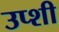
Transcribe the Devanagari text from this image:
उप्शी